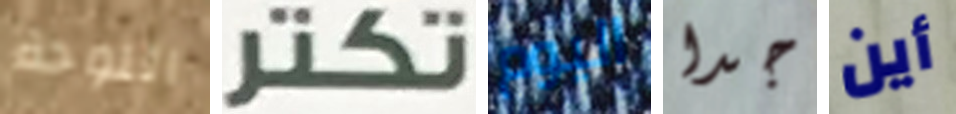
اللوحة تكتر اليوم جدا أين